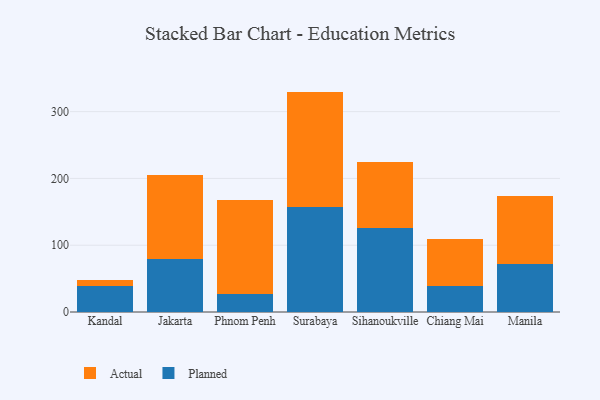
{"axis": {"x": "City", "y": "Latency (ms)"}, "legend": ["Actual", "Planned"], "data": [{"x": "Kandal", "y": 38.9, "type": "Planned"}, {"x": "Kandal", "y": 9.1, "type": "Actual"}, {"x": "Jakarta", "y": 79.8, "type": "Planned"}, {"x": "Jakarta", "y": 125.2, "type": "Actual"}, {"x": "Phnom Penh", "y": 27.1, "type": "Planned"}, {"x": "Phnom Penh", "y": 141.2, "type": "Actual"}, {"x": "Surabaya", "y": 156.7, "type": "Planned"}, {"x": "Surabaya", "y": 173.3, "type": "Actual"}, {"x": "Sihanoukville", "y": 126.0, "type": "Planned"}, {"x": "Sihanoukville", "y": 98.4, "type": "Actual"}, {"x": "Chiang Mai", "y": 39.2, "type": "Planned"}, {"x": "Chiang Mai", "y": 70.7, "type": "Actual"}, {"x": "Manila", "y": 71.8, "type": "Planned"}, {"x": "Manila", "y": 101.5, "type": "Actual"}]}